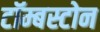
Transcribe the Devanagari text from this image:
टॉम्बस्टोन